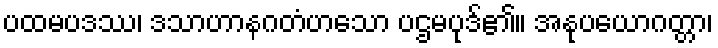
ပထမပဒဿ၊ ဒသာဟာနဂတံဟသော ပဌမပုဒ်၏။ အနုပယောဂတ္တာ၊